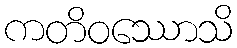
ကတိဝဿောသိ